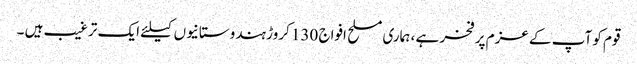
قوم کو آپ کے عزم پر فخر ہے ، ہماری مسلح افواج 130 کروڑ ہندوستانیوں کیلئے ایک ترغیب ہیں ۔